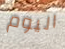
اليوم